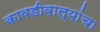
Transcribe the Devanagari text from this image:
कावडीवाल्यांचा